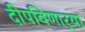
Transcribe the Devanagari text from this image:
दीपविणार्‍या